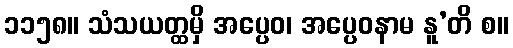
၁၁၅၈။ သံသယတ္ထမှိ အပ္ပေဝ၊ အပ္ပေဝနာမ နူ’တိ စ။